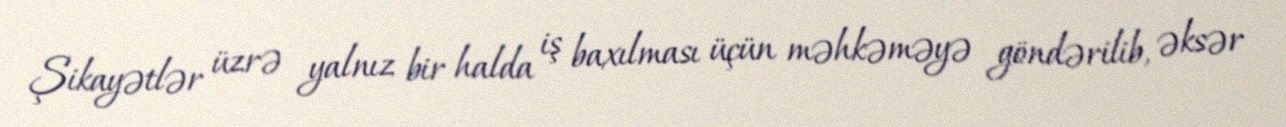
Şikayətlər üzrə yalnız bir halda iş baxılması üçün məhkəməyə göndərilib, əksər